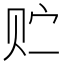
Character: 贮